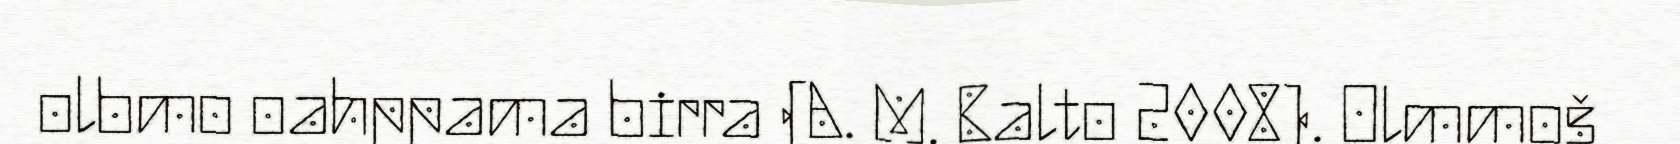
olbmo oahppama birra (A. M. Balto 2008). Olmmoš